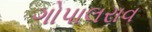
ગોપાલરાવ